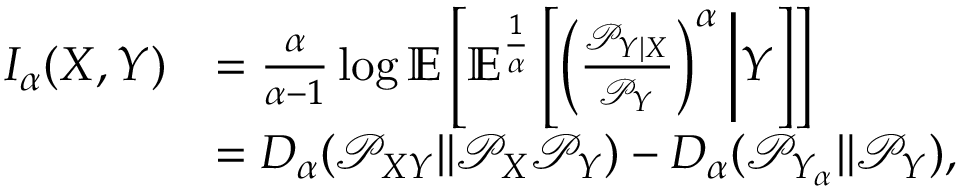
\begin{array} { r l } { I _ { \alpha } ( X , Y ) } & { = \frac { \alpha } { \alpha - 1 } \log \mathbb { E } \left[ \mathbb { E } ^ { \frac { 1 } { \alpha } } \left[ \left( \frac { \mathcal { P } _ { Y | X } } { \mathcal { P } _ { Y } } \right) ^ { \alpha } \bigg | Y \right] \right] } \\ & { = D _ { \alpha } ( \mathcal { P } _ { X Y } \| \mathcal { P } _ { X } \mathcal { P } _ { Y } ) - D _ { \alpha } ( \mathcal { P } _ { Y _ { \alpha } } \| \mathcal { P } _ { Y } ) , } \end{array}